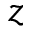
z